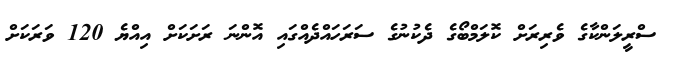
ސްރީލަންކާގެ ވެރިރަށް ކޮލަމްބޯގެ ދެކުނުގެ ސަރަހައްދެއްގައި އޮންނަ ރަށަކަށް އިއްޔެ 120 ވަރަކަށް